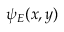
\psi _ { E } ( x , y )